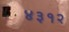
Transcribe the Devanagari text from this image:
४३१२